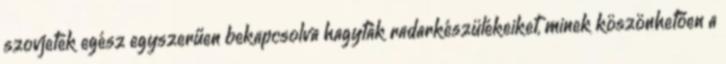
szovjetek egész egyszerűen bekapcsolva hagyták radarkészülékeiket, minek köszönhetően a